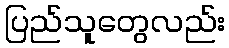
ပြည်သူတွေလည်း